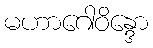
မဟာဂေါဝိန္ဒော